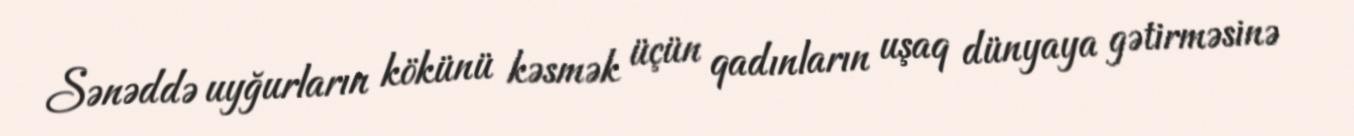
Sənəddə uyğurların kökünü kəsmək üçün qadınların uşaq dünyaya gətirməsinə